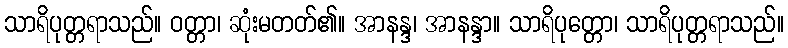
သာရိပုတ္တရာသည်။ ဝတ္တာ၊ ဆုံးမတတ်၏။ အာနန္ဒ၊ အာနန္ဒာ။ သာရိပုတ္တော၊ သာရိပုတ္တရာသည်။